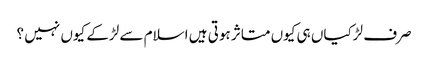
صرف لڑکیاں ہی کیوں متاثر ہوتی ہیں اسلام سے لڑکے کیوں نہیں ؟